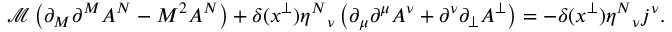
\mathcal { M } \left( \partial _ { M } \partial ^ { M } A ^ { N } - M ^ { 2 } A ^ { N } \right) + \delta ( x ^ { \perp } ) \eta ^ { N } { } _ { \nu } \left( \partial _ { \mu } \partial ^ { \mu } A ^ { \nu } + \partial ^ { \nu } \partial _ { \perp } A ^ { \perp } \right) = - \delta ( x ^ { \perp } ) \eta ^ { N } { } _ { \nu } j ^ { \nu } .